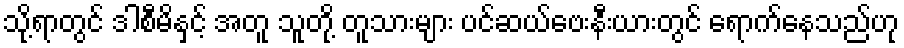
သို့ရာတွင် ဒါစီမိနှင့် အတူ သူတို့ တူသားများ ပင်ဆယ်ဗေးနီးယားတွင် ရောက်နေသည်ဟု